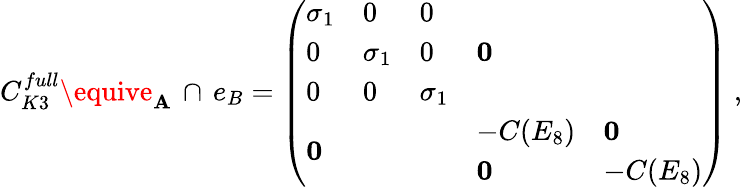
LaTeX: C_{K3}^{full}\equive_{\mathbf{A}}\, \cap\, e_{B}=\left(\begin{array}{ll}{{\begin{array}{lll}{{\sigma_{1}}}&{{0}}&{{0}}\\ {{0}}&{{\sigma_{1}}}&{{0}}\\ {{0}}&{{0}}&{{\sigma_{1}}}\end{array}}}&{{{\mathbf 0}}}\\ {{{\mathbf 0}}}&{{\begin{array}{ll}{{-C(E_{8})}}&{{{\mathbf 0}}}\\ {{{\mathbf 0}}}&{{-C(E_{8})}}\end{array}}}\end{array}\right)\ ,